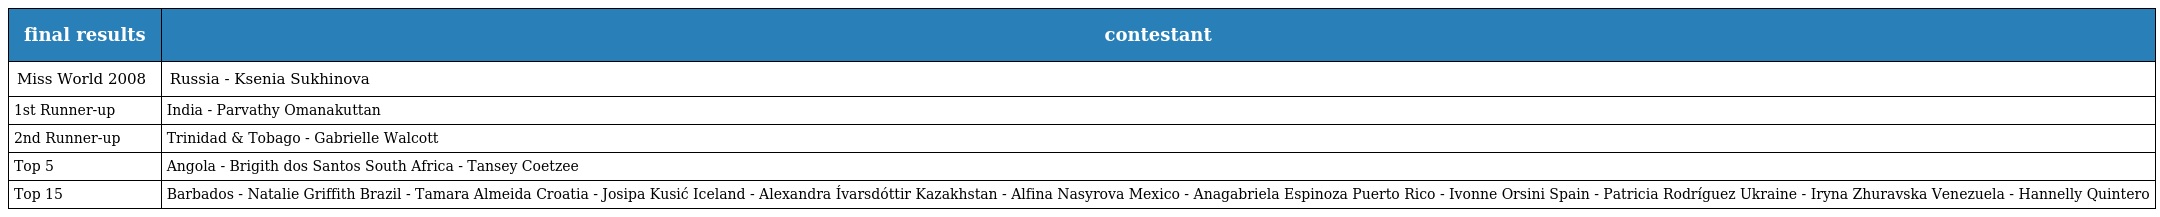
| final results | contestant |
 | --- | --- |
 | Miss World 2008 | Russia - Ksenia Sukhinova |
 | 1st Runner-up | India - Parvathy Omanakuttan |
 | 2nd Runner-up | Trinidad & Tobago - Gabrielle Walcott |
 | Top 5 | Angola - Brigith dos Santos South Africa - Tansey Coetzee |
 | Top 15 | Barbados - Natalie Griffith Brazil - Tamara Almeida Croatia - Josipa Kusić Iceland - Alexandra Ívarsdóttir Kazakhstan - Alfina Nasyrova Mexico - Anagabriela Espinoza Puerto Rico - Ivonne Orsini Spain - Patricia Rodríguez Ukraine - Iryna Zhuravska Venezuela - Hannelly Quintero |